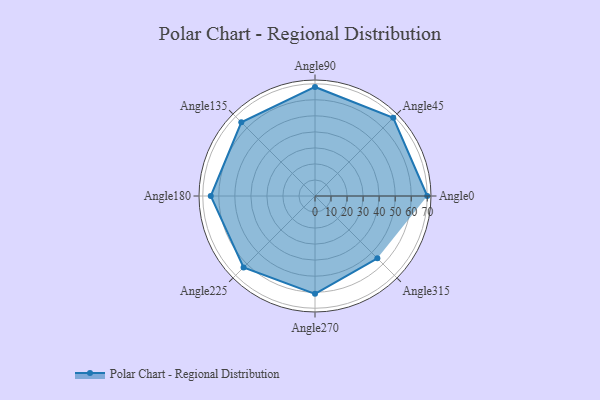
{"axis": {"x": "Angle", "y": "Radius"}, "legend": [""], "data": [{"x": "Angle0", "y": 70.0, "type": ""}, {"x": "Angle45", "y": 69.0, "type": ""}, {"x": "Angle90", "y": 68.0, "type": ""}, {"x": "Angle135", "y": 65.0, "type": ""}, {"x": "Angle180", "y": 65.0, "type": ""}, {"x": "Angle225", "y": 63.0, "type": ""}, {"x": "Angle270", "y": 61.0, "type": ""}, {"x": "Angle315", "y": 55.0, "type": ""}]}